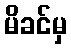
မိခင်မှ